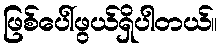
ဖြစ်ပေါ်ဖွယ်ရှိပါတယ်။